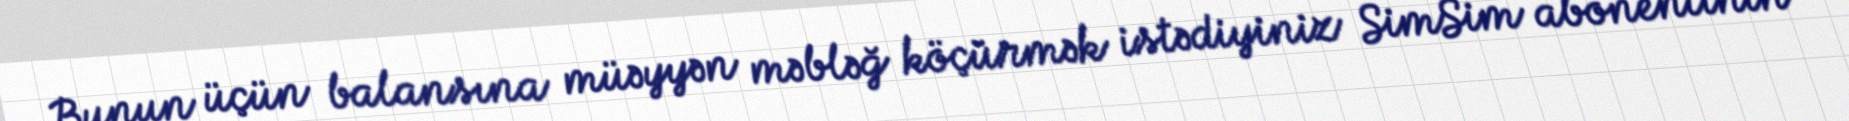
Bunun üçün balansına müəyyən məbləğ köçürmək istədiyiniz SimSim abonentinin